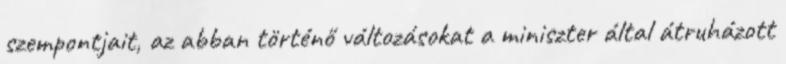
szempontjait, az abban történő változásokat a miniszter által átruházott